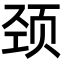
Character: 颈